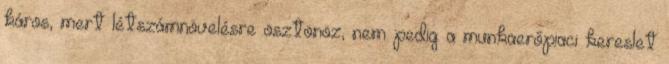
káros, mert létszámnövelésre ösztönöz, nem pedig a munkaerőpiaci kereslet